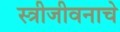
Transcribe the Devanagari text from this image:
स्त्रीजीवनाचे